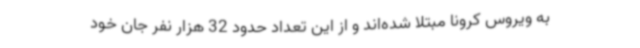
به ویروس کرونا مبتلا شده‌اند و از این تعداد حدود 32 هزار نفر جان خود